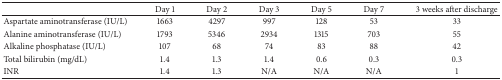
<table><thead><tr><td><b> </b></td><td><b>Day 1</b></td><td><b>Day 2</b></td><td><b>Day 3</b></td><td><b>Day 5</b></td><td><b>Day 7</b></td><td><b>3 weeks after discharge</b></td></tr></thead><tbody><tr><td>Aspartate aminotransferase (IU/L)</td><td>1663</td><td>4297</td><td>997</td><td>128</td><td>53</td><td>33</td></tr><tr><td>Alanine aminotransferase (IU/L)</td><td>1793</td><td>5346</td><td>2934</td><td>1315</td><td>703</td><td>55</td></tr><tr><td>Alkaline phosphatase (IU/L)</td><td>107</td><td>68</td><td>74</td><td>83</td><td>88</td><td>42</td></tr><tr><td>Total bilirubin (mg/dL)</td><td>1.4</td><td>1.3</td><td>1.4</td><td>0.6</td><td>0.3</td><td>0.3</td></tr><tr><td>INR</td><td>1.4</td><td>1.3</td><td>N/A</td><td>N/A</td><td>N/A</td><td>1</td></tr></tbody></table>